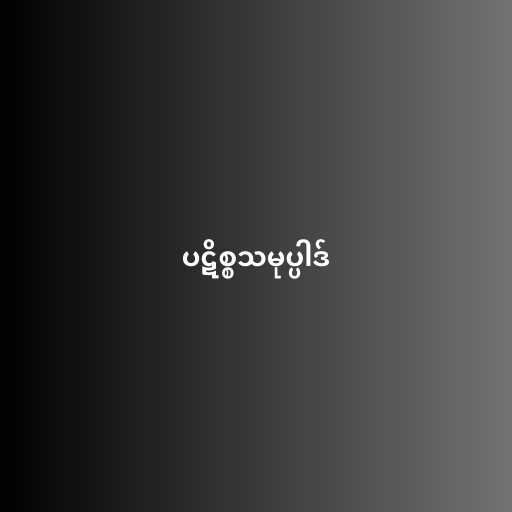
ပဋိစ္စသမုပ္ပါဒ်